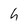
Character: h